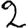
Digit: 2